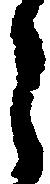
之